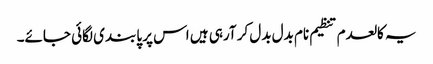
یہ کالعدم تنظیم نام بدل بدل کر آرہی ہیں اس پر پابندی لگائی جائے۔